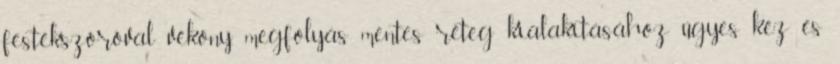
festékszóróval vékony, megfolyás mentes réteg kialakításához ügyes kéz és